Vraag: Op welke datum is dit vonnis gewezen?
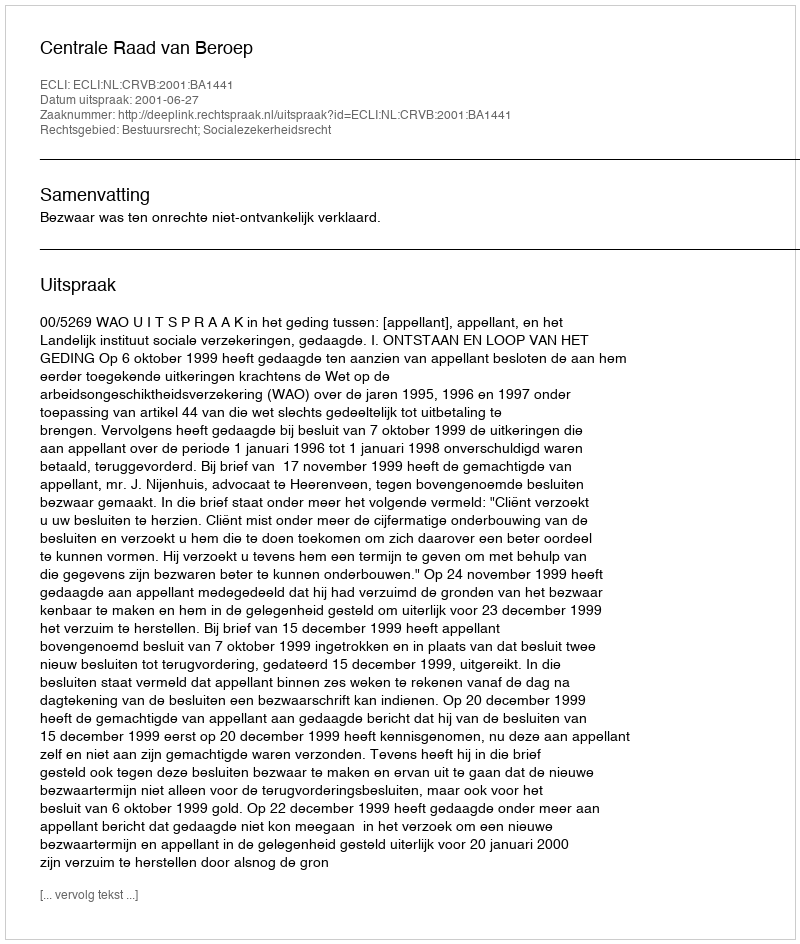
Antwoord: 2001-06-27